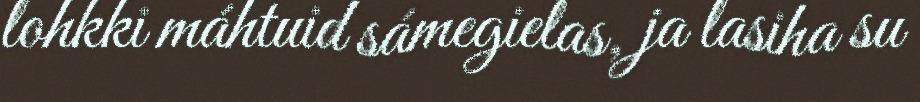
lohkki máhtuid sámegielas, ja lasiha su